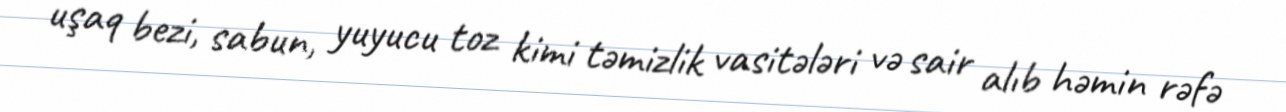
uşaq bezi, sabun, yuyucu toz kimi təmizlik vasitələri və sair alıb həmin rəfə